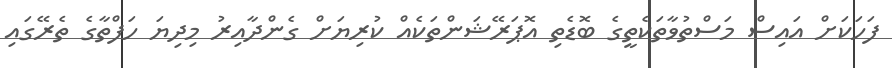
ފަހަކަށް އައިސް މަސްތުވާތަކެތީގެ ބޮޑެތި އޮޕަރޭޝަންތަކެއް ކުރިޔަށް ގެންދާއިރު މިދިޔަ ހަފްތާގެ ތެރޭގައި